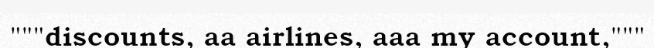
"""discounts, aa airlines, aaa my account,"""